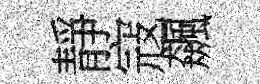
靜寇飆